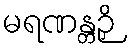
မရဏန္တဉှိ